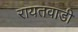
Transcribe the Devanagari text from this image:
रायतवाडी